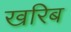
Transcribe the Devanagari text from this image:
खरिब